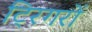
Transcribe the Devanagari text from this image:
ट्रिगरों